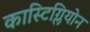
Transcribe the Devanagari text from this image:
कास्टिग्लियोन